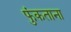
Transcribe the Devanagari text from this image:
फुंकताना